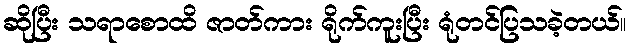
ဆိုပြီး သရာစောထိ ဇာတ်ကား ရိုက်ကူးပြီး ရုံတင်ပြသခဲ့တယ်။